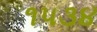
૧૫૩૪